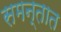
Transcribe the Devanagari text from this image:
समन्तात